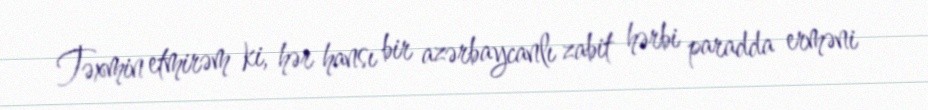
Təxmin etmirəm ki, hər hansı bir azərbaycanlı zabit hərbi paradda erməni